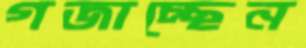
গজাচ্ছেন